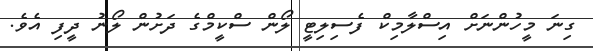
ގިނަ މީހުންނަށް އިސްލާމިކް ފެސިލިޓީ ލޯން ސްކީމްގެ ދަށުން ލޯނު ދީފި އެވެ.